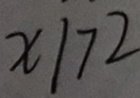
x \vert 7 2